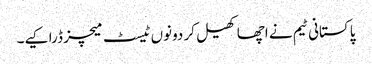
پاکستانی ٹیم نے اچھا کھیل کر دونوں ٹیسٹ میچز ڈرا کیے۔